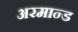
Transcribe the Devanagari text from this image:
अरमान्ड